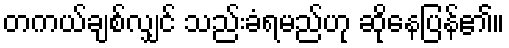
တကယ်ချစ်လျှင် သည်းခံရမည်ဟု ဆိုနေပြန်၏။